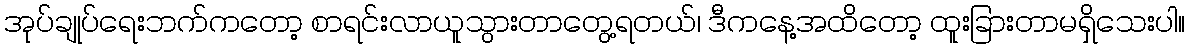
အုပ်ချုပ်ရေးဘက်ကတော့ စာရင်းလာယူသွားတာတွေ့ရတယ်၊ ဒီကနေ့အထိတော့ ထူးခြားတာမရှိသေးပါ။